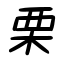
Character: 栗